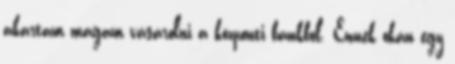
akartam magam vásárolni a központi bankból. Ennek okán egy